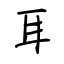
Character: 耳